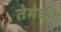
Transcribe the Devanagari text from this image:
तेमेकी